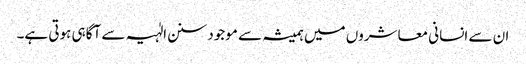
ان سے انسانی معاشروں میں ہمیشہ سے موجود سنن الٰہیہ سے آگاہی ہوتی ہے۔